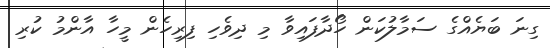
ގިނަ ބަޔެއްގެ ސަމާލުކަން ހޯދާފައިވާ މި ދިވެހި ފިރިހެން މީހާ އާންމު ކުރި